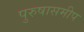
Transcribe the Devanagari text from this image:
पुरुषासमीप